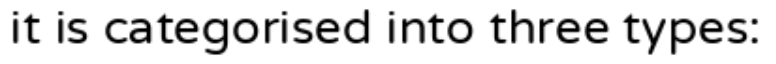
it is categorised into three types: